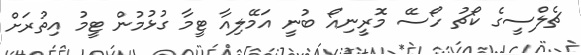
ޗެލްސީގެ ކޯޗު ހޯސޭ މޮރީނިއޯ ބުނީ އަމޭލިއާ ޓީމާ ގުޅުމުން ޓީމު އިތުރަށް